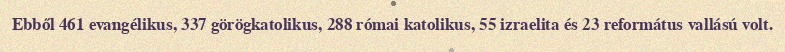
Ebből 461 evangélikus, 337 görögkatolikus, 288 római katolikus, 55 izraelita és 23 református vallású volt.